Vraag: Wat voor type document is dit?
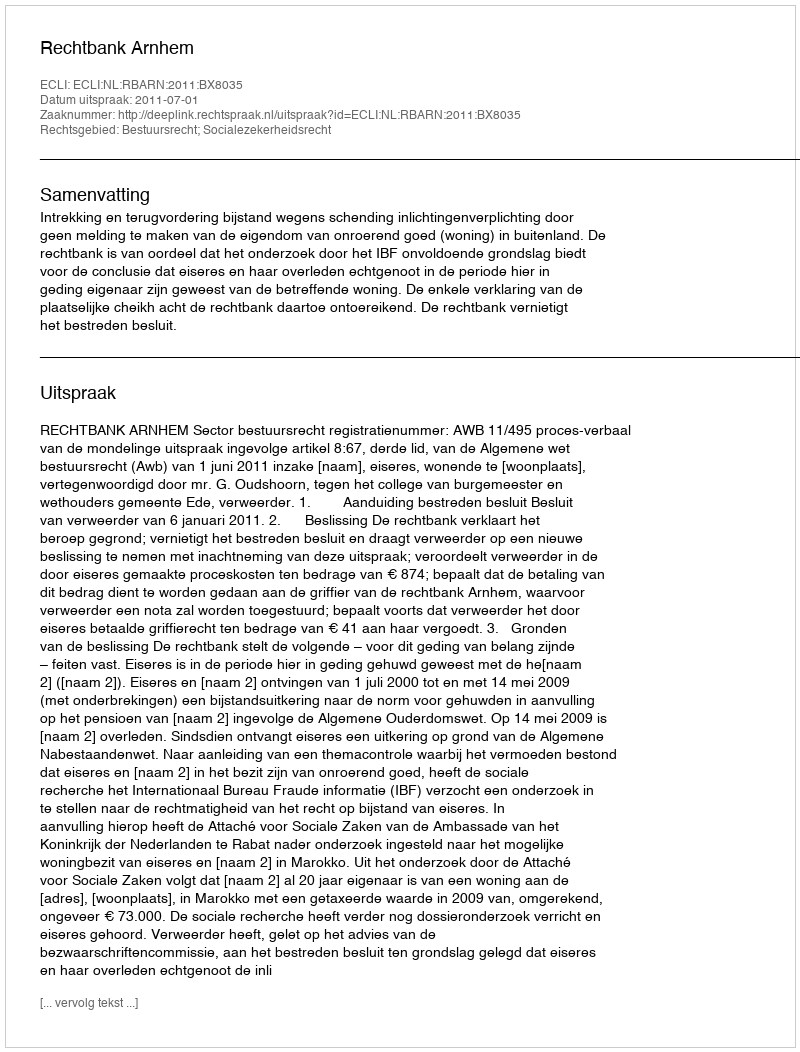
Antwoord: Uitspraak